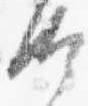
汰